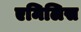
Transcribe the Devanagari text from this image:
एमिलिस